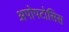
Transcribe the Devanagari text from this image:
अपोपटोसिस